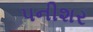
પનીશર